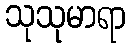
သုသုမာရာ